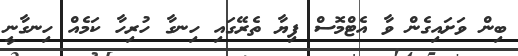
ބިން ވަށައިގެން ވާ އެޓްމޮސް ފިޔާ ތެރޭގައި ހިނގާ ހުރިހާ ކަމެއް ހިނގާނީ